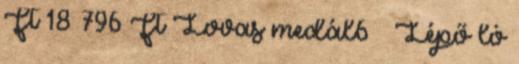
Ft 18 796 Ft Lovas medál6 – Lépő ló